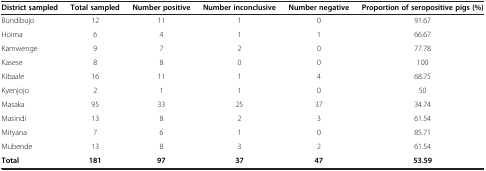
<table><thead><tr><td><b>District sampled</b></td><td><b>Total sampled</b></td><td><b>Number positive</b></td><td><b>Number inconclusive</b></td><td><b>Number negative</b></td><td><b>Proportion of seropositive pigs (%)</b></td></tr></thead><tbody><tr><td>Bundibujo</td><td>12</td><td>11</td><td>1</td><td>0</td><td>91.67</td></tr><tr><td>Hoima</td><td>6</td><td>4</td><td>1</td><td>1</td><td>66.67</td></tr><tr><td>Kamwenge</td><td>9</td><td>7</td><td>2</td><td>0</td><td>77.78</td></tr><tr><td>Kasese</td><td>8</td><td>8</td><td>0</td><td>0</td><td>100</td></tr><tr><td>Kibaale</td><td>16</td><td>11</td><td>1</td><td>4</td><td>68.75</td></tr><tr><td>Kyenjojo</td><td>2</td><td>1</td><td>1</td><td>0</td><td>50</td></tr><tr><td>Masaka</td><td>95</td><td>33</td><td>25</td><td>37</td><td>34.74</td></tr><tr><td>Masindi</td><td>13</td><td>8</td><td>2</td><td>3</td><td>61.54</td></tr><tr><td>Mityana</td><td>7</td><td>6</td><td>1</td><td>0</td><td>85.71</td></tr><tr><td>Mubende</td><td>13</td><td>8</td><td>3</td><td>2</td><td>61.54</td></tr><tr><td><b>Total</b></td><td><b>181</b></td><td><b>97</b></td><td><b>37</b></td><td><b>47</b></td><td><b>53.59</b></td></tr></tbody></table>